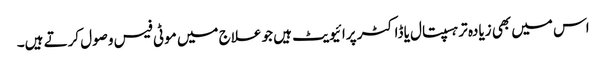
اس میں بھی زیادہ تر ہسپتال یا ڈاکٹر پرائیویٹ ہیں جو علاج میں موٹی فیس وصول کرتے ہیں۔